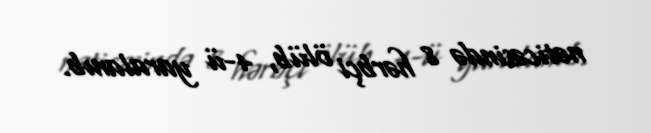
nəticəsində 8 hərbçi ölüb, 4-ü yaralanıb.